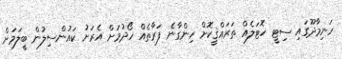
ހަނިމާދޫގައި ސިޓީ ހޮޓަލެއް ތަރައްޤީކޮށް ހިންގާނެ ފަރާތެއް ހޯދުމަށް އެރަށު ކައުންސިލުން ބީލަމަށް